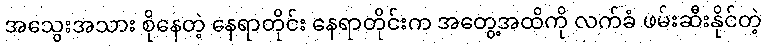
အသွေးအသား စိုနေတဲ့ နေရာတိုင်း နေရာတိုင်းက အတွေ့အထိကို လက်ခံ ဖမ်းဆီးနိုင်တဲ့